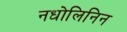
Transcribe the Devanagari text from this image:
नधोलिनिन